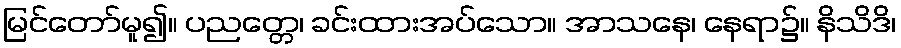
မြင်တော်မူ၍။ ပညတ္တေ၊ ခင်းထားအပ်သော။ အာသနေ၊ နေရာ၌။ နိသိဒိ၊